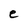
Character: e